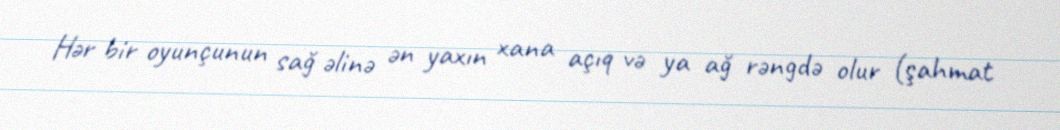
Hər bir oyunçunun sağ əlinə ən yaxın xana açıq və ya ağ rəngdə olur (şahmat